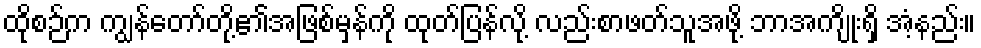
ထိုစဉ်က ကျွန်တော်တို့၏အဖြစ်မှန်ကို ထုတ်ပြန်လို့ လည်းစာဖတ်သူအဖို့ ဘာအကျိုးရှိ အံ့နည်း။